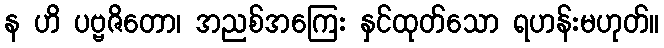
န ဟိ ပဗ္ဗဇိတော၊ အညစ်အကြေး နှင်ထုတ်သော ရဟန်းမဟုတ်။